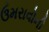
ઉમરાવોની